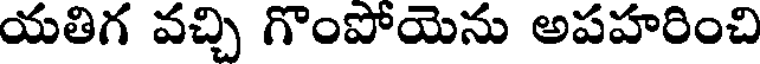
యతిగ వచ్చి గొంపోయెను అపహరించి